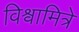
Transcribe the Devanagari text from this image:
विश्वामित्रे